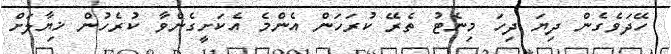
ހޭދަވެގެން ދިޔަ ދިހަ މިނެޓު ތެރޭ ކުރަހަން އެންމެ އެކަށީގެންވާ ކުރެހުން ޚިޔާލަށް